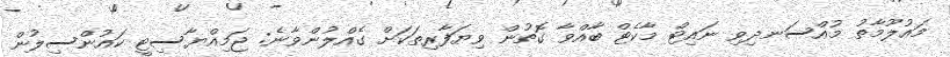
މައުލޫމާތު މުއްސަނދިވި ނައިޓް މާކެޓް ބާއްވާ ގޮތުން ވިޔަފާރިތަކަށް ގެއްލުންވާނެ: ޖަމިއްޔާސިޓީ ކައުންސިލުން